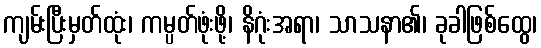
ကျမ်းပြီးမှတ်ထုံး၊ ကမ္ပတ်ဖုံးဖို့၊ နိဂုံးအရာ၊ သာသနာ၏၊ ခုခါဖြစ်ထွေ၊